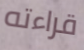
قراءته